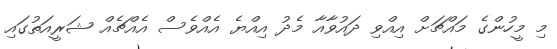
މި މީހުންގެ މައްޗަށް އިއްވި ދައުވާއާ މެދު އިއްޔެ އެއްވެސް އެއްޗެއް ޝަރީއަތުގައި